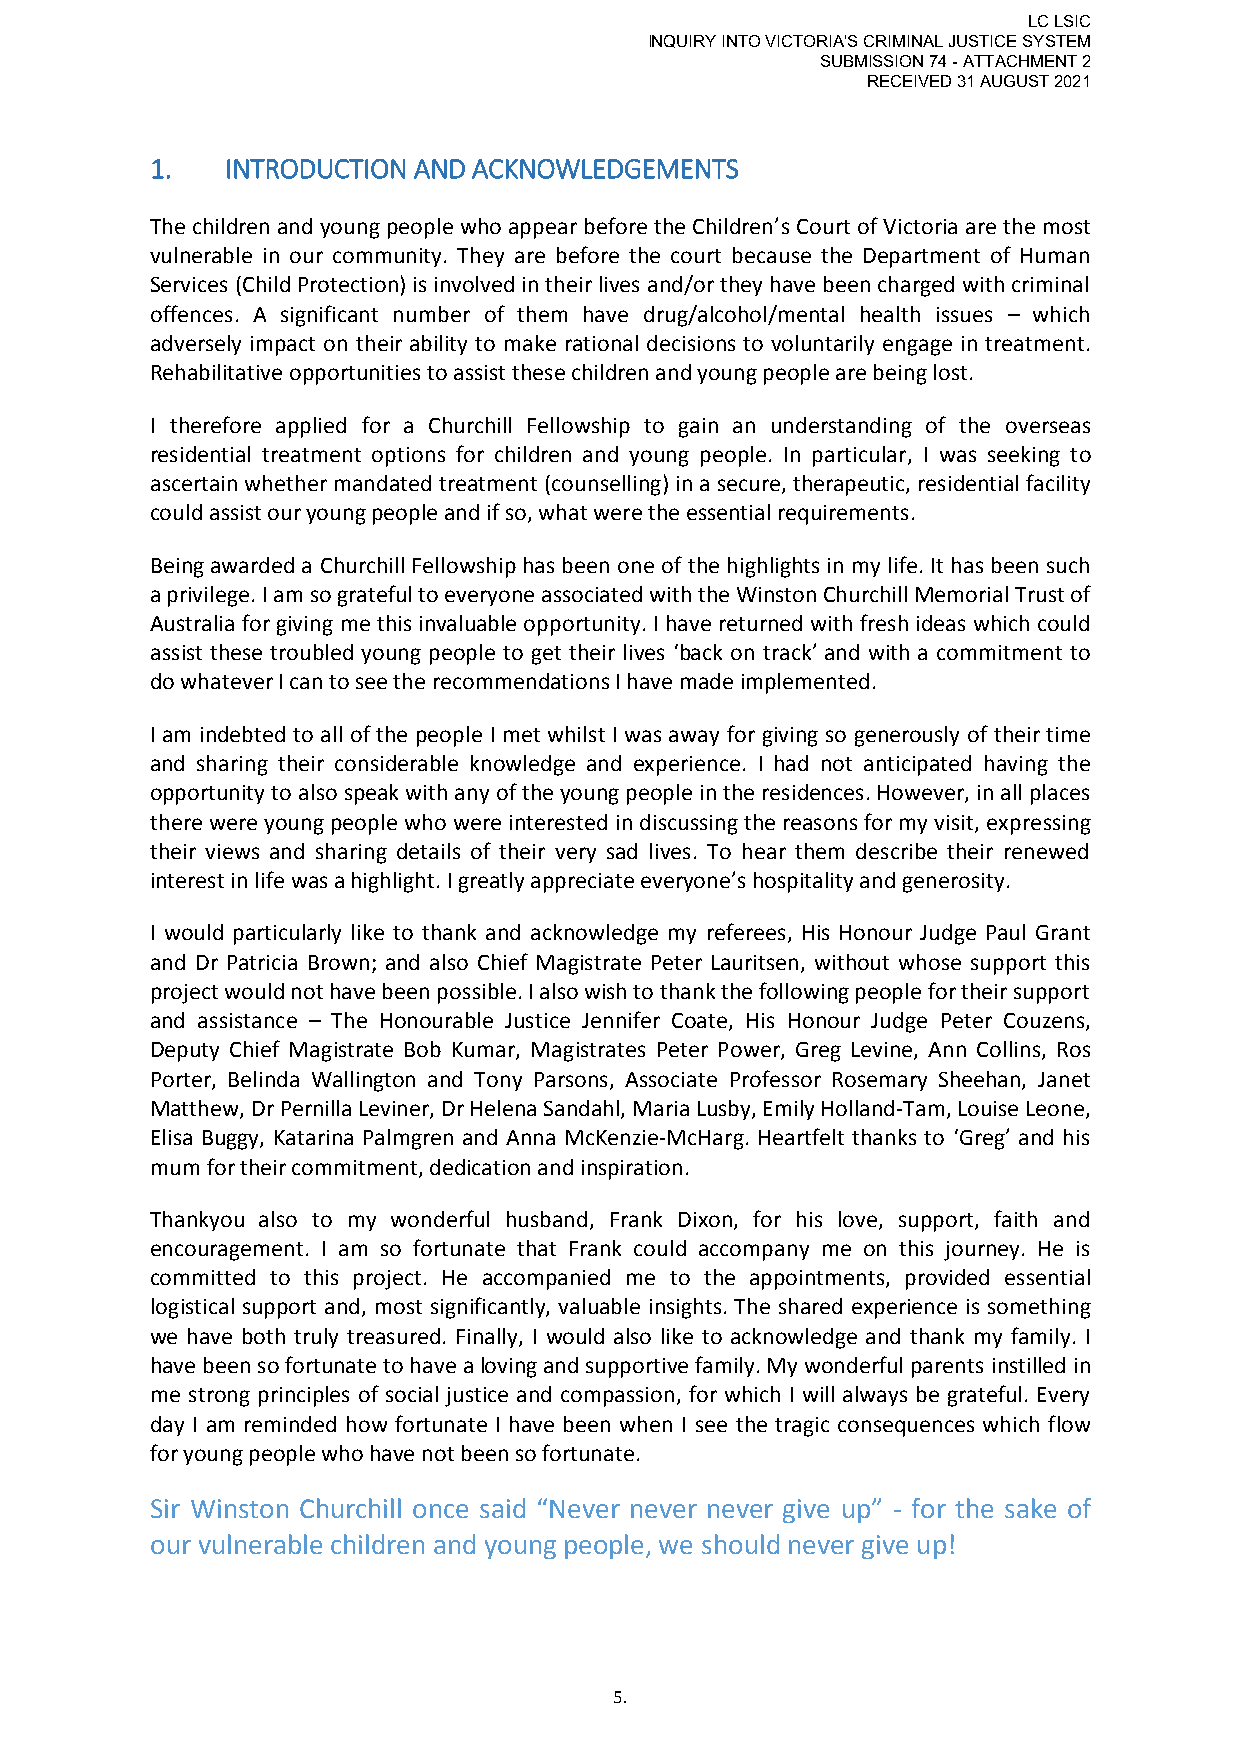
LC LSIC
 INQUIRY INTO VICTORIA'S CRIMINAL JUSTICE SYSTEM
 SUBMISSION 74 - ATTACHMENT 2
 RECEIVED 31 AUGUST 2021
 1.   INTRODUCTION AND ACKNOWLEDGEMENTS
 The children and young people who appear before the Children’s Court of Victoria are the most
 vulnerable in our community. They are before the court because the Department of Human
 Services (Child Protection) is involved in their lives and/or they have been charged with criminal
 offences. A significant number of them have drug/alcohol/mental health issues – which
 adversely impact on their ability to make rational decisions to voluntarily engage in treatment.
 Rehabilitative opportunities to assist these children and young people are being lost.
 I therefore applied for a Churchill Fellowship to gain an understanding of the overseas
 residential treatment options for children and young people. In particular, I was seeking to
 ascertain whether mandated treatment (counselling) in a secure, therapeutic, residential facility
 could assist our young people and if so, what were the essential requirements.
 Being awarded a Churchill Fellowship has been one of the highlights in my life. It has been such
 a privilege. I am so grateful to everyone associated with the Winston Churchill Memorial Trust of
 Australia for giving me this invaluable opportunity. I have returned with fresh ideas which could
 assist these troubled young people to get their lives ‘back on track’ and with a commitment to
 do whatever I can to see the recommendations I have made implemented.
 I am indebted to all of the people I met whilst I was away for giving so generously of their time
 and sharing their considerable knowledge and experience. I had not anticipated having the
 opportunity to also speak with any of the young people in the residences. However, in all places
 there were young people who were interested in discussing the reasons for my visit, expressing
 their views and sharing details of their very sad lives. To hear them describe their renewed
 interest in life was a highlight. I greatly appreciate everyone’s hospitality and generosity.
 I would particularly like to thank and acknowledge my referees, His Honour Judge Paul Grant
 and Dr Patricia Brown; and also Chief Magistrate Peter Lauritsen, without whose support this
 project would not have been possible. I also wish to thank the following people for their support
 and assistance – The Honourable Justice Jennifer Coate, His Honour Judge Peter Couzens,
 Deputy Chief Magistrate Bob Kumar, Magistrates Peter Power, Greg Levine, Ann Collins, Ros
 Porter, Belinda Wallington and Tony Parsons, Associate Professor Rosemary Sheehan, Janet
 Matthew, Dr Pernilla Leviner, Dr Helena Sandahl, Maria Lusby, Emily Holland-Tam, Louise Leone,
 Elisa Buggy, Katarina Palmgren and Anna McKenzie-McHarg. Heartfelt thanks to ‘Greg’ and his
 mum for their commitment, dedication and inspiration.
 Thankyou also to my wonderful husband, Frank Dixon, for his love, support, faith and
 encouragement. I am so fortunate that Frank could accompany me on this journey. He is
 committed to this project. He accompanied me to the appointments, provided essential
 logistical support and, most significantly, valuable insights. The shared experience is something
 we have both truly treasured. Finally, I would also like to acknowledge and thank my family. I
 have been so fortunate to have a loving and supportive family. My wonderful parents instilled in
 me strong principles of social justice and compassion, for which I will always be grateful. Every
 day I am reminded how fortunate I have been when I see the tragic consequences which flow
 for young people who have not been so fortunate.
 Sir Winston Churchill once said “Never never never give up” - for the sake of
 our vulnerable children and young people, we should never give up!
 5.